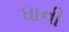
ધાની